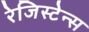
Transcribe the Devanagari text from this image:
रेजिस्टेन्स